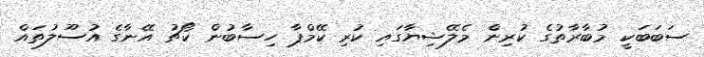
ސަބަބަކީ މުބާރާތުގެ ކުރިން މެލޭޝިޔާގައި ކުރި ކޭމްޕާ ހިސާބުން ކޯޗު އޭނާގެ އުސޫލުތައް